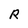
Character: R